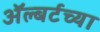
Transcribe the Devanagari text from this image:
ॲल्बर्टच्या